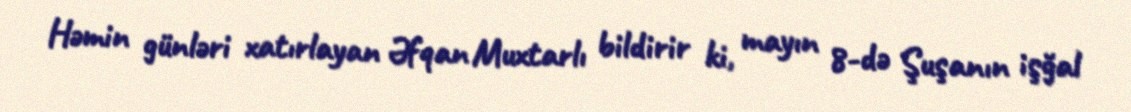
Həmin günləri xatırlayan Əfqan Muxtarlı bildirir ki, mayın 8-də Şuşanın işğal